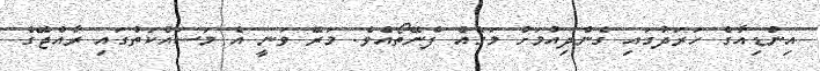
އިންޑިއާގެ ހަރަދުގައި ގެންދިއުމަށް މަގެއް ފެނޭތޯއެވެ. މަރޭ ވަނީ އެ މަސައްކަތުގައި ރާއްޖޭގެ